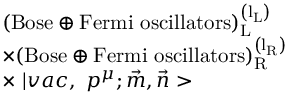
\begin{array} { l } { { ( \mathrm { { B o s e } \oplus { F e r m i \ o s c i l l a t o r s } ) _ { L } ^ { \left( l _ { L } \right) } } } } \\ { { \times ( \mathrm { { B o s e } \oplus { F e r m i \ o s c i l l a t o r s } ) _ { R } ^ { \left( l _ { R } \right) } } } } \\ { { \times \, \, | v a c , \, \, p ^ { \mu } ; \vec { m } , \vec { n } > } } \end{array}